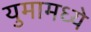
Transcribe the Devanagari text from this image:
युमामध्ये